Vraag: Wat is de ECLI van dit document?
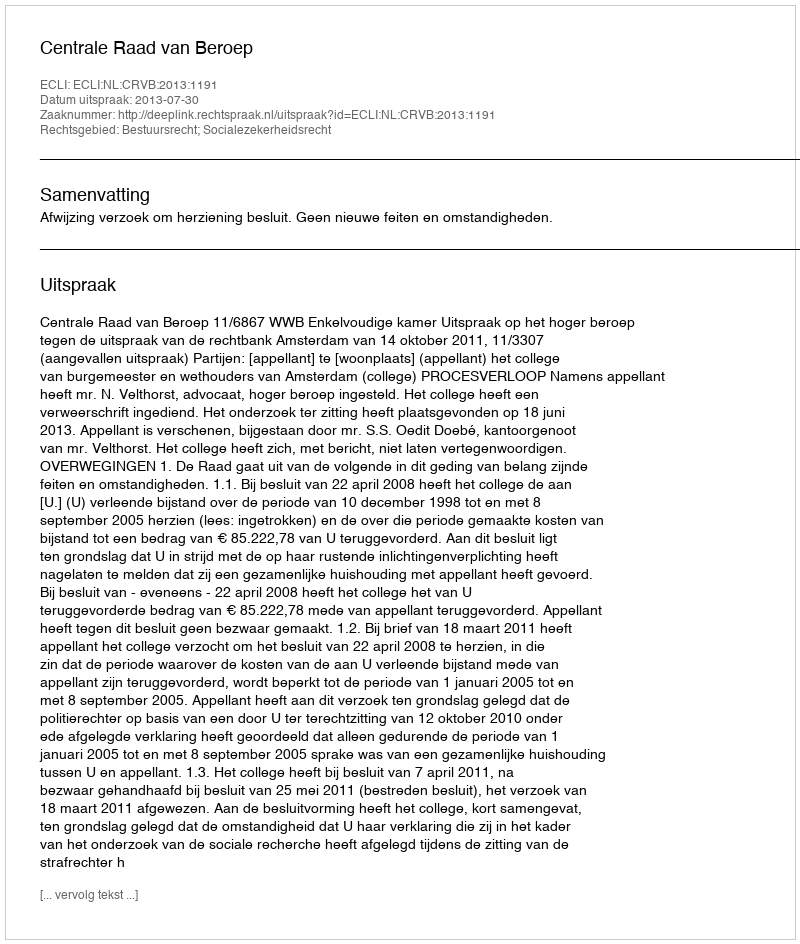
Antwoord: ECLI:NL:CRVB:2013:1191